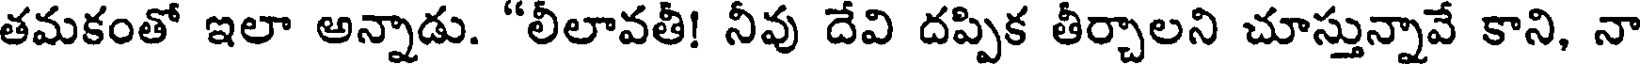
తమకంతో ఇలా అన్నాడు. "లీలావతీ! నీవు దేవి దప్పిక తీర్చాలని చూస్తున్నావే కాని, నా